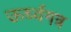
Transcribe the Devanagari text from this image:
ऊर्ध्वगत्र